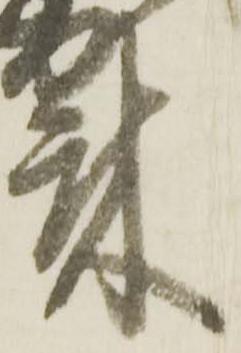
来